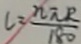
l = \frac { n \pi R } { 1 8 0 }